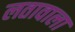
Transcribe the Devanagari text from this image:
लतावाला